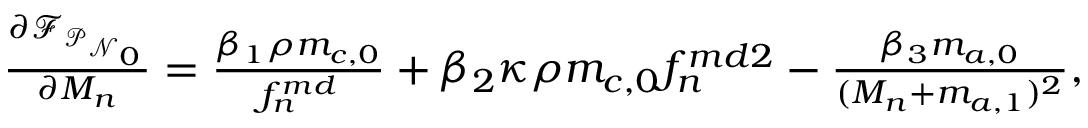
\begin{array} { r } { \frac { \partial \mathcal { F } _ { \mathcal { P } _ { \mathcal { N } _ { 0 } } } } { \partial M _ { n } } = \frac { \beta _ { 1 } \rho m _ { c , 0 } } { f _ { n } ^ { m d } } + \beta _ { 2 } \kappa \rho m _ { c , 0 } f _ { n } ^ { m d 2 } - \frac { \beta _ { 3 } m _ { a , 0 } } { ( M _ { n } + m _ { a , 1 } ) ^ { 2 } } , } \end{array}